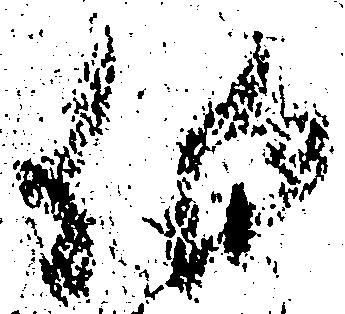
伯